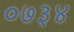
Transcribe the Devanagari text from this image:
०७३४